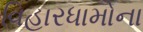
વિહારધામોના